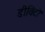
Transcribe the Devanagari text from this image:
डीविटो